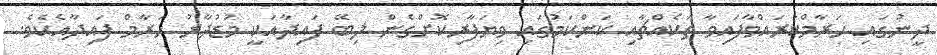
ދީނުގައި ޙަރާމްކުރައްވާފައިވާ ތަކެއްޗާއި ކަންކަމުގައި ވިޔަފާރިކޮށްގެން ލިބޭ ފައިދާއަކީ މުޑުދާރު ޙަރާމް ފައިދާއެކެވެ.